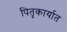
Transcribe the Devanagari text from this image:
पितृकार्यात